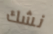
نشك